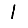
Digit: 1